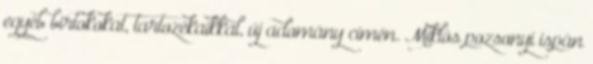
egyéb birtokokat, tartozékaikkal, új adomány címén. Miklós pozsonyi ispán